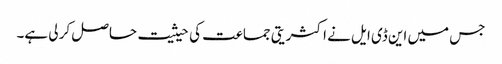
جس میں این ڈی ایل نے اکثریتی جماعت کی حیثیت حاصل کر لی ہے۔